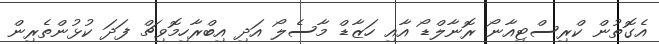
އެގޮތުން ކްރިސްޓިއާނޯ ރޮނާލްޑޯ އާއި ހަޒާޑް މާސެލޯ އަދި އިބްރާހިމޮވިޗް ފަދަ ކުޅުންތެރިން